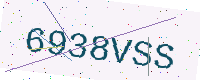
Text: 6938VSS